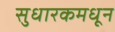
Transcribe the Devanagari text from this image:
सुधारकमधून